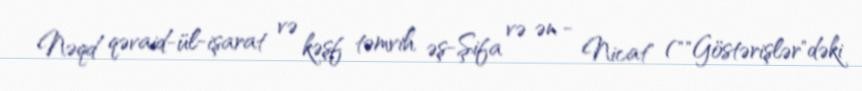
Nəqd qəvaid-ül-işarat və kəşf təmvih əş-Şifa və ən - Nicat" (""Göstərişlər"dəki